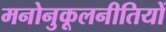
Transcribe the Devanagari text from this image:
मनोनुकूलनीतियों